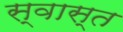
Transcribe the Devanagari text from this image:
स्वास्त